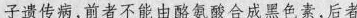
子遗传病，前者不能由酪氨酸合成黑色素，后者